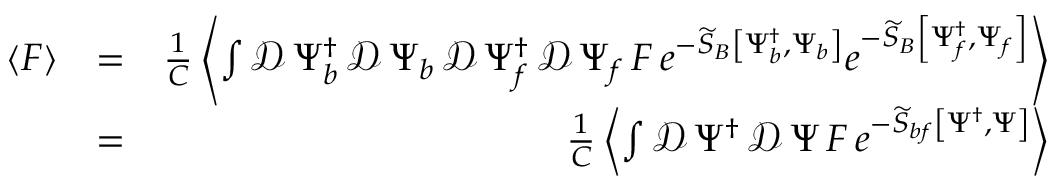
\begin{array} { r l r } { \left\langle F \right\rangle } & { = } & { \frac { 1 } { C } \left\langle \int \mathcal { D } \, \Psi _ { b } ^ { \dagger } \, \mathcal { D } \, \Psi _ { b } \, \mathcal { D } \, \Psi _ { f } ^ { \dagger } \, \mathcal { D } \, \Psi _ { f } \, F \, e ^ { - \widetilde { S } _ { B } \left[ \Psi _ { b } ^ { \dagger } , \Psi _ { b } \right] } e ^ { - \widetilde { S } _ { B } \left[ \Psi _ { f } ^ { \dagger } , \Psi _ { f } \right] } \right\rangle } \\ & { = } & { \frac { 1 } { C } \left\langle \int \mathcal { D } \, \Psi ^ { \dagger } \, \mathcal { D } \, \Psi \, F \, e ^ { - \widetilde { S } _ { b f } \left[ \Psi ^ { \dagger } , \Psi \right] } \right\rangle } \end{array}